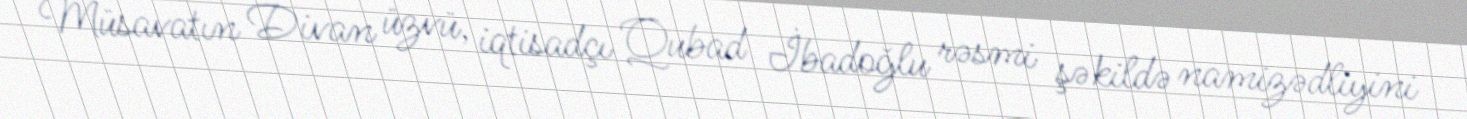
Müsavatın Divan üzvü, iqtisadçı Qubad İbadoğlu rəsmi şəkildə namizədliyini